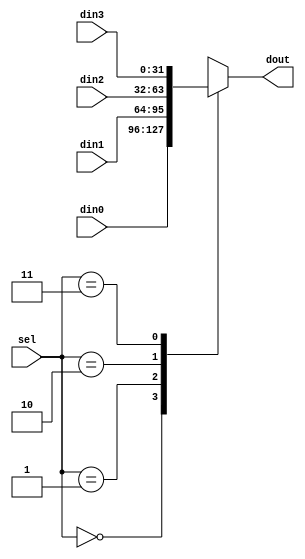
module mux4to1(sel, din0, din1, din2, din3, dout);
parameter N = 32;
input [1:0] sel;
input [N-1:0] din0, din1, din2, din3;
output reg [N-1:0] dout;

always @(*) begin
  dout = din0;
  case(sel)
    2'd0 : dout = din0;
    2'd1 : dout = din1;
    2'd2 : dout = din2;
    2'd3 : dout = din3;
  endcase
end

endmodule